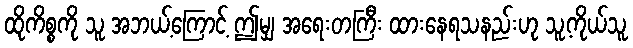
ထိုကိစ္စကို သူ အဘယ့်ကြောင့် ဤမျှ အရေးတကြီး ထားနေရသနည်းဟု သူ့ကိုယ်သူ